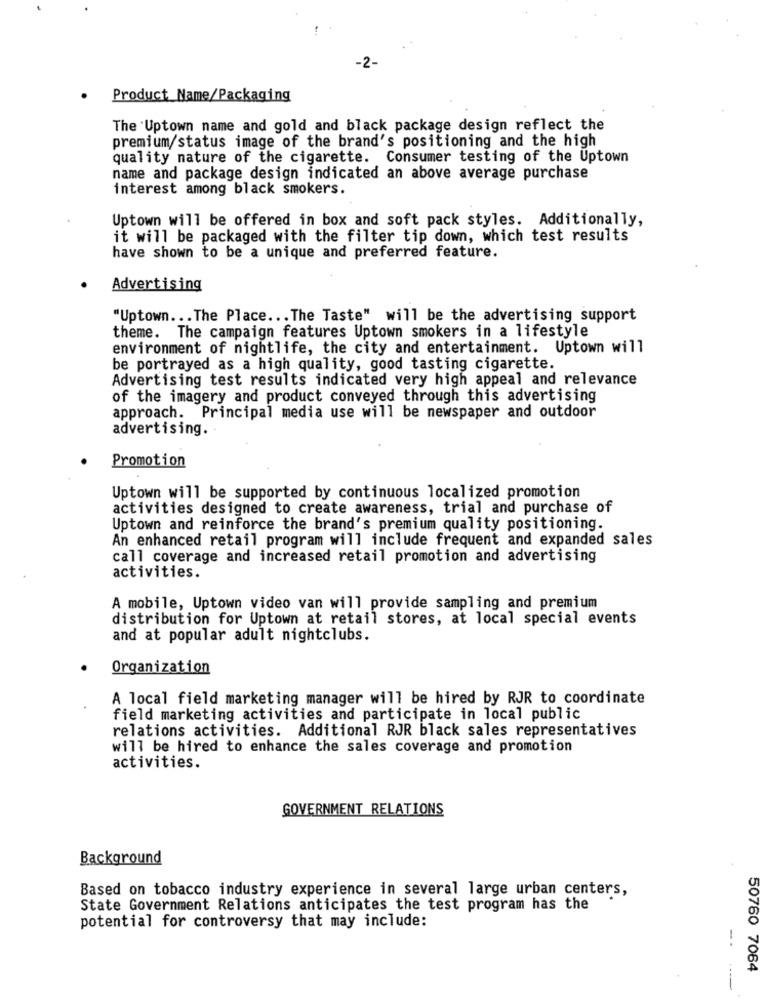
-2-
Product_Name/Packaging
The Uptown name and gold and black package design reflect the
premium/status image of the brand's positioning and the high
quality nature of the cigarette. Consumer testing of the Uptown
name and package design indicated an above average purchase
interest among black smokers.
Uptown will be offered in box and soft pack styles. Additionally,
it will be packaged with the filter tip down, which test results
have shown to be a unique and preferred feature.
Advertising
"Uptown ... The Place .. . The Taste" will be the advertising support
theme. The campaign features Uptown smokers in a lifestyle
environment of nightlife, the city and entertainment. Uptown will
be portrayed as a high quality, good tasting cigarette.
Advertising test results indicated very high appeal and relevance
of the imagery and product conveyed through this advertising
approach. Principal media use will be newspaper and outdoor
advertising.
Promotion
Uptown will be supported by continuous localized promotion
activities designed to create awareness, trial and purchase of
Uptown and reinforce the brand's premium quality positioning.
An enhanced retail program will include frequent and expanded sales
call coverage and increased retail promotion and advertising
activities.
A mobile, Uptown video van will provide sampling and premium
distribution for Uptown at retail stores, at local special events
and at popular adult nightclubs.
Organization
A local field marketing manager will be hired by RJR to coordinate
field marketing activities and participate in local public
relations activities. Additional RJR black sales representatives
will be hired to enhance the sales coverage and promotion
activities.
GOVERNMENT RELATIONS
Background
Based on tobacco industry experience in several large urban centers,
State Government Relations anticipates the test program has the
potential for controversy that may include:
50760 7064